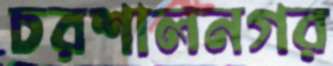
চরশালনগর